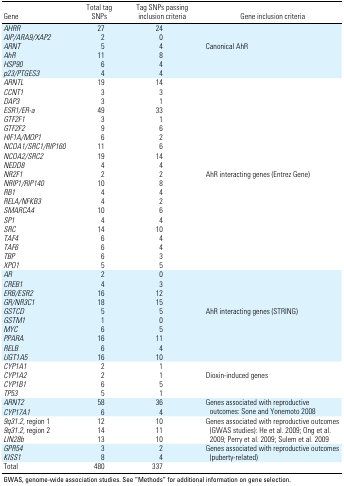
<table><thead><tr><td><b>Gene</b></td><td><b>Total tag SNPs</b></td><td><b>Tag SNPs passing inclusion criteria</b></td><td><b>Gene inclusion criteria</b></td></tr></thead><tbody><tr><td>AHRR</td><td>27</td><td>24</td></tr><tr><td>AIP/ARA9/XAP2</td><td>2</td><td>0</td></tr><tr><td>ARNT</td><td>5</td><td>4</td><td>Canonical AhR</td></tr><tr><td>AhR</td><td>11</td><td>8</td></tr><tr><td>HSP90</td><td>6</td><td>4</td></tr><tr><td>p23/PTGES3</td><td>4</td><td>4</td></tr><tr><td>ARNTL</td><td>19</td><td>14</td></tr><tr><td>CCNT1</td><td>3</td><td>3</td></tr><tr><td>DAP3</td><td>3</td><td>1</td></tr><tr><td>ESR1/ER-a</td><td>49</td><td>33</td></tr><tr><td>GTF2F1</td><td>3</td><td>1</td></tr><tr><td>GTF2F2</td><td>9</td><td>6</td></tr><tr><td>HIF1A/MOP1</td><td>6</td><td>2</td></tr><tr><td>NCOA1/SRC1/RIP160</td><td>11</td><td>6</td></tr><tr><td>NCOA2/SRC2</td><td>19</td><td>14</td></tr><tr><td>NEDD8</td><td>4</td><td>4</td></tr><tr><td>NR2F1</td><td>2</td><td>2</td><td>AhR interacting genes (Entrez Gene)</td></tr><tr><td>NRIP1/RIP140</td><td>10</td><td>8</td></tr><tr><td>RB1</td><td>4</td><td>4</td></tr><tr><td>RELA/NFKB3</td><td>4</td><td>2</td></tr><tr><td>SMARCA4</td><td>10</td><td>6</td></tr><tr><td>SP1 </td><td>4</td><td>4</td></tr><tr><td>SRC</td><td>14</td><td>10</td></tr><tr><td>TAF4</td><td>6</td><td>4</td></tr><tr><td>TAF6</td><td>6</td><td>4</td></tr><tr><td>TBP</td><td>6</td><td>3</td></tr><tr><td>XPO1</td><td>5</td><td>5</td></tr><tr><td>AR</td><td>2</td><td>0</td></tr><tr><td>CREB1</td><td>4</td><td>3</td></tr><tr><td>ERB/ESR2</td><td>16</td><td>12</td></tr><tr><td>GR/NR3C1</td><td>18</td><td>15</td></tr><tr><td>GSTCD</td><td>5</td><td>5</td><td>AhR interacting genes (STRING)</td></tr><tr><td>GSTM1</td><td>1</td><td>0</td></tr><tr><td>MYC</td><td>6</td><td>5</td></tr><tr><td>PPARA</td><td>16</td><td>11</td></tr><tr><td>RELB</td><td>6</td><td>4</td></tr><tr><td>UGT1A5</td><td>16</td><td>10</td></tr><tr><td>CYP1A1</td><td>2</td><td>1</td></tr><tr><td>CYP1A2</td><td>2</td><td>1</td><td>Dioxin-induced genes</td></tr><tr><td>CYP1B1</td><td>6</td><td>5</td></tr><tr><td>TP53</td><td>5</td><td>1</td></tr><tr><td>ARNT2</td><td>58</td><td>36</td><td rowspan="2">Genes associated with reproductive outcomes: Sone andYonemoto 2008</td></tr><tr><td>CYP17A1</td><td>6</td><td>4</td></tr><tr><td>9q31.2, region 1</td><td>12</td><td>10</td><td rowspan="3">Genes associated with reproductive outcomes (GWAS studies):He et al. 2009; Ong et al. 2009; Perry et al. 2009; Sulem et al.2009</td></tr><tr><td>9q31.2, region 2</td><td>14</td><td>11</td></tr><tr><td>LIN28b</td><td>13</td><td>10</td></tr><tr><td>GPR54</td><td>3</td><td>2</td><td rowspan="2">Genes associated with reproductive outcomes(puberty-related)</td></tr><tr><td>KISS1</td><td>8</td><td>4</td></tr><tr><td>Total</td><td>480</td><td>337</td></tr><tr><td colspan="7">GWAS, genome-wide association studies. See “Methods” foradditional information on gene selection. </td></tr></tbody></table>